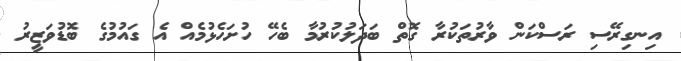
އިނގިރޭސި ރަސްކަން ވާރުތަކުރާ ގޮތް ބަދަލުކުރުމާ ބެހޭ ހުށަހެޅުމެއް އެ ގައުމުގެ ބޮޑުވަޒީރު